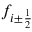
f _ { i \pm { \frac { 1 } { 2 } } }